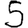
Digit: 5